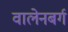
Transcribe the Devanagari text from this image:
वालेनबर्ग